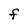
Character: F